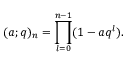
( a ; q ) _ { n } = \prod _ { l = 0 } ^ { n - 1 } ( 1 - a q ^ { l } ) .